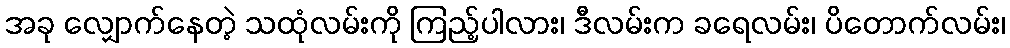
အခု လျှောက်နေတဲ့ သထုံလမ်းကို ကြည့်ပါလား၊ ဒီလမ်းက ခရေလမ်း၊ ပိတောက်လမ်း၊